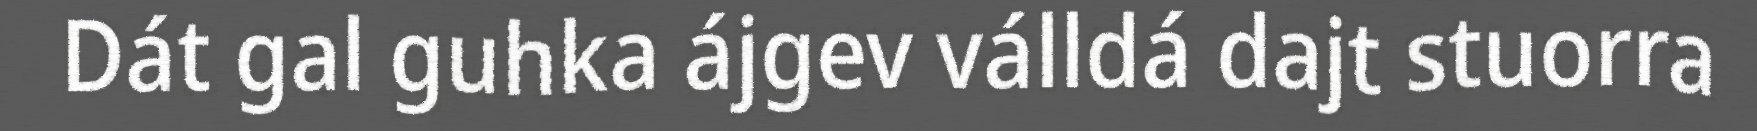
Dát gal guhka ájgev válldá dajt stuorra